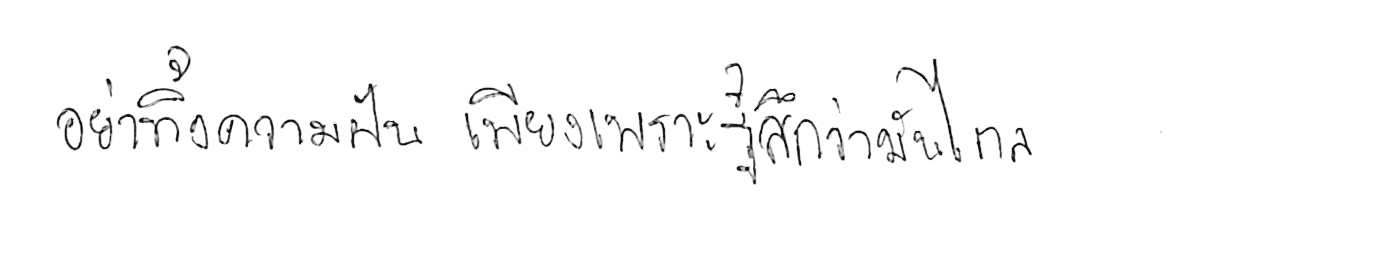
อย่าทิ้งความฝัน เพียงเพราะรู้สึกว่ามันไกล